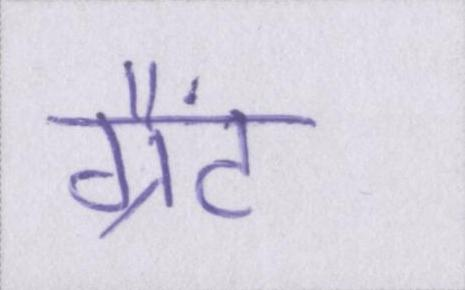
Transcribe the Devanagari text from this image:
ग्रैंट